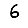
Digit: 6